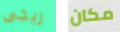
ريجى مكان